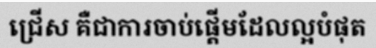
ជ្រើស គឺជាការចាប់ផ្តើមដែលល្អបំផុត